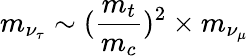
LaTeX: m_{\nu_{\tau}}\sim({\frac{m_{t}}{m_{c}}})^{2}\times m_{\nu_{\mu}}